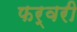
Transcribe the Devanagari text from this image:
फर्वरी